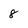
Character: 8